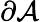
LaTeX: \partial\mathcal{A}